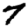
Digit: 7